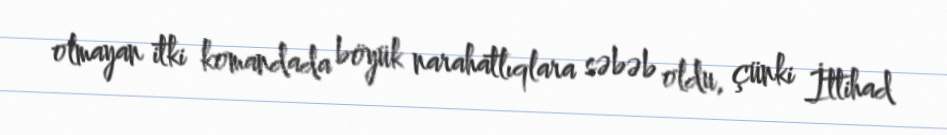
olmayan itki komandada böyük narahatlıqlara səbəb oldu, çünki İttihad